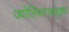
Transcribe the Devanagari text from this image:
ज्योतिषशास्त्रदृष्ट्या